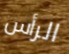
الرأس